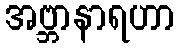
အဗ္ဘာနာရဟာ